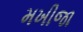
મખીજા